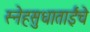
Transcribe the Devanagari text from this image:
स्नेहसुधाताईंचे